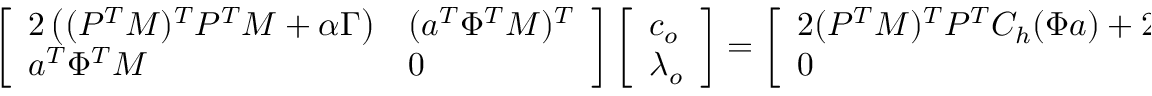
\left[ \begin{array} { l l } { 2 \left( ( P ^ { T } M ) ^ { T } P ^ { T } M + \alpha \Gamma \right) } & { ( \boldsymbol { a } ^ { T } \Phi ^ { T } M ) ^ { T } } \\ { \boldsymbol { a } ^ { T } \Phi ^ { T } M } & { 0 } \end{array} \right] \left[ \begin{array} { l } { \boldsymbol { c } _ { o } } \\ { \lambda _ { o } } \end{array} \right] = \left[ \begin{array} { l } { 2 ( P ^ { T } M ) ^ { T } P ^ { T } C _ { h } ( \Phi \boldsymbol { a } ) + 2 \alpha \Gamma \boldsymbol { \mu } } \\ { 0 } \end{array} \right] .